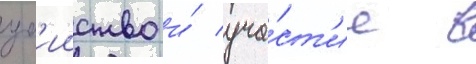
уб'ииство и́ уча́ст'ие в